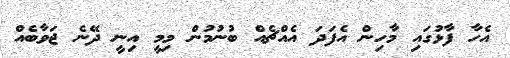
އެހާ ފާޅުގައި މާހިން އެފަދަ އެއްޗެއް ބުނުމުން މިމީ އިނީ ދޭނެ ޖަވާބެއް